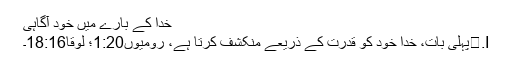
خُدا کے بارے میں خود آگاہی
I.	پہلی بات، خُدا خُود کو قدرت کے ذریعے منکشف کرتا ہے، رومیوں1:20؛ لوقا18:16۔